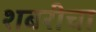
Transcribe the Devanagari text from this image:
शबरीचा